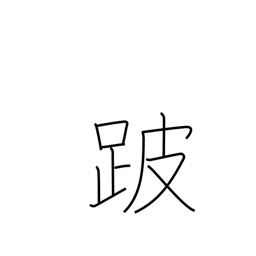
Meaning: lameness